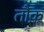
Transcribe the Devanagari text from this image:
तौक़